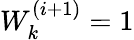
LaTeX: W_{k}^{(i+1)}=1